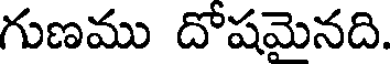
గుణము దోషమైనది.